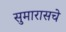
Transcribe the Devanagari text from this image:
सुमारासचे